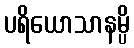
ပရိယောသာနမ္ပိ